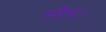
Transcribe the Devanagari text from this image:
नदीनां।